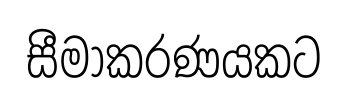
සීමාකරණයකට